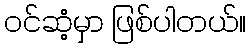
ဝင်ဆံ့မှာ ဖြစ်ပါတယ်။